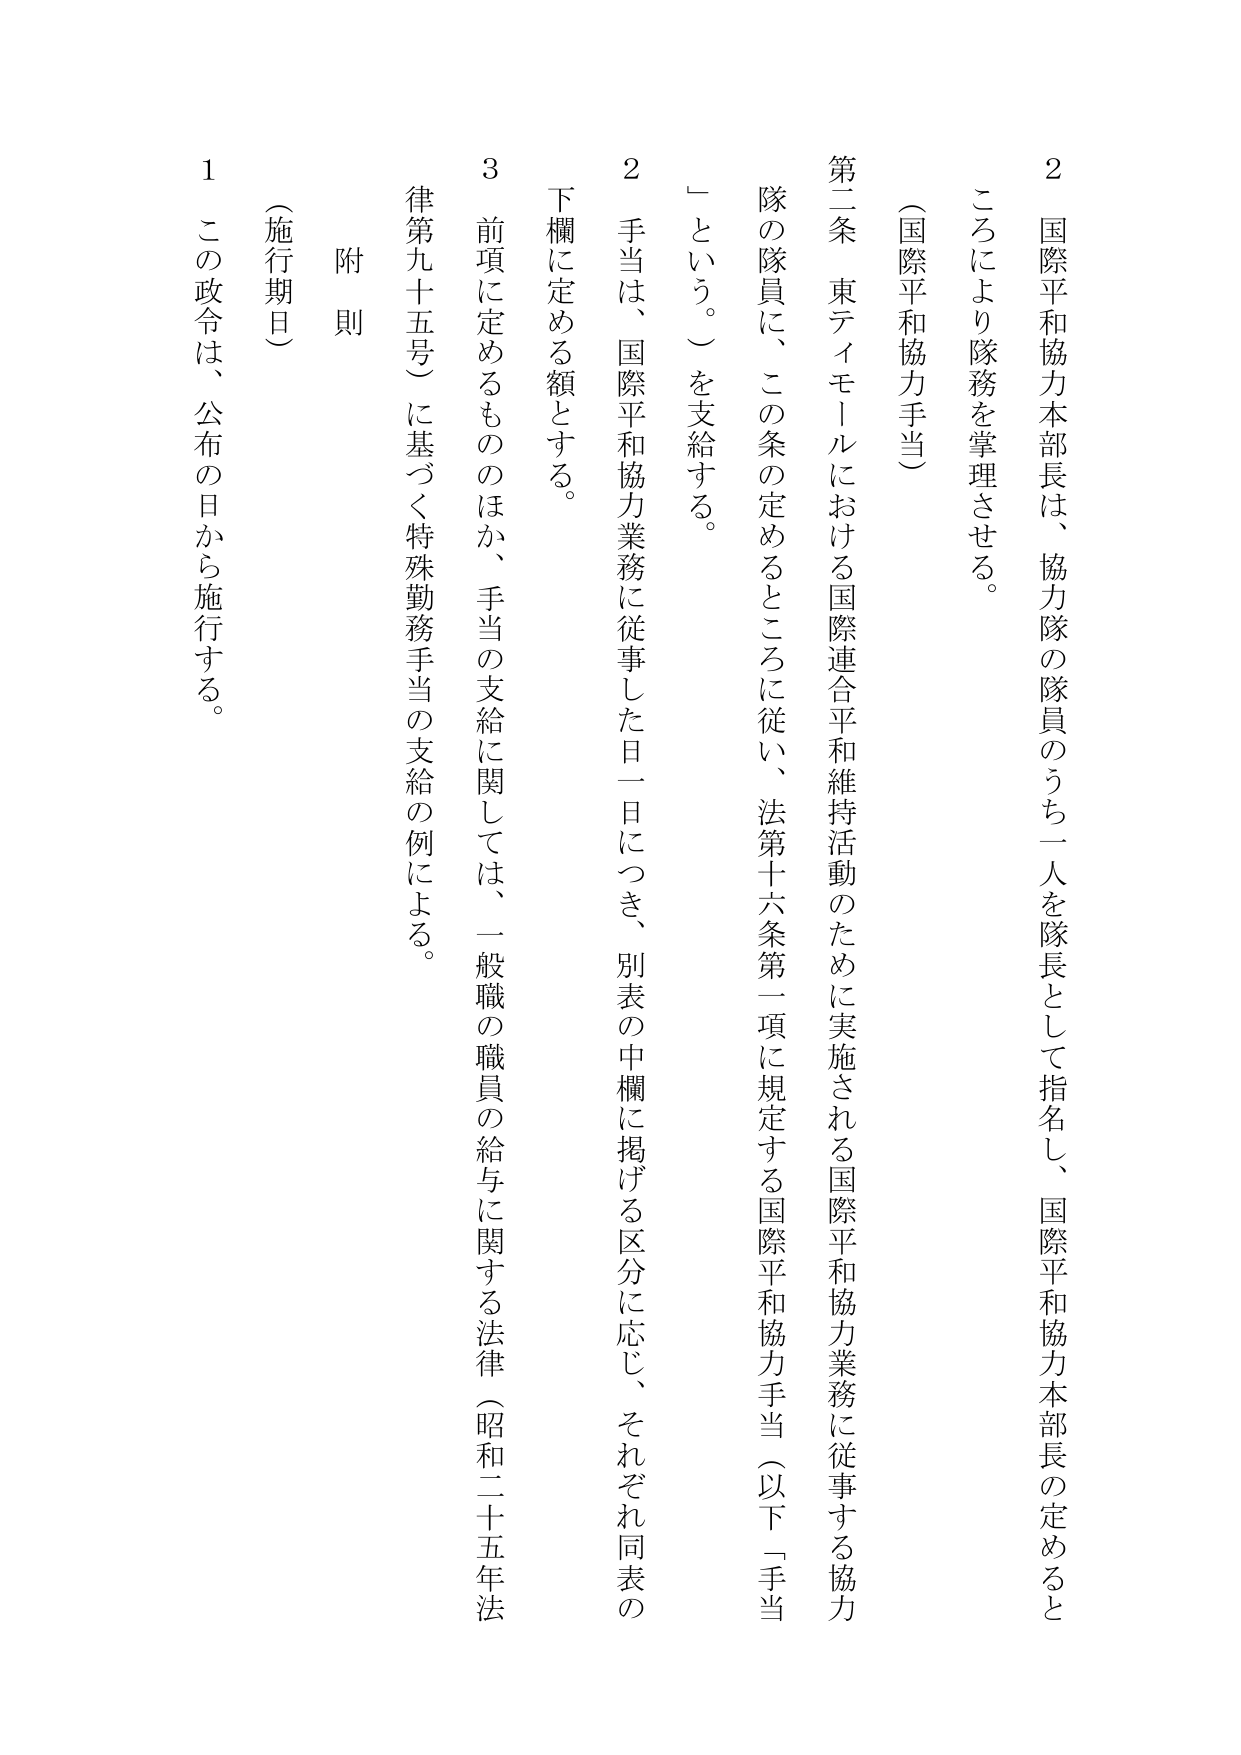
2 国際平和協力本部長は、協力隊の隊員のうち一人を隊長として指名し、国際平和協力本部長の定めるところにより隊務を掌理させる。

（国際平和協力手当）

第二条 東ティモールにおける国際連合平和維持活動のために実施される国際平和協力業務に従事する協力隊の隊員に、この条の定めるところに従い、法第十六条第一項に規定する国際平和協力手当（以下「手当」という。）を支給する。

2 手当は、国際平和協力業務に従事した日一日につき、別表の中欄に掲げる区分に応じ、それぞれ同表の下欄に定める額とする。

3 前項に定めるもののほか、手当の支給に関しては、一般職の職員の給与に関する法律（昭和二十五年法律第九十五号）に基づく特殊勤務手当の支給の例による。

附則

（施行期日）

1 この政令は、公布の日から施行する。